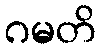
ဂမတိ